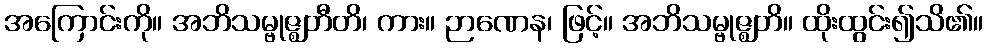
အကြောင်းကို။ အဘိသမ္ဗုဇ္ဈတီတိ၊ ကား။ ဉာဏေန၊ ဖြင့်။ အဘိသမ္ဗုဇ္ဈတိ။ ထိုးထွင်း၍သိ၏။